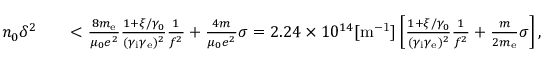
\begin{array} { r l r } { n _ { 0 } \delta ^ { 2 } } & { { } } & { < \frac { 8 m _ { \mathrm { e } } } { \mu _ { 0 } e ^ { 2 } } \frac { 1 + \xi / \gamma _ { 0 } } { ( \gamma _ { \mathrm { i } } \gamma _ { \mathrm { e } } ) ^ { 2 } } \frac { 1 } { f ^ { 2 } } + \frac { 4 m } { \mu _ { 0 } e ^ { 2 } } \sigma = 2 . 2 4 \times 1 0 ^ { 1 4 } \mathrm { [ m ^ { - 1 } ] } \left[ \frac { 1 + \xi / \gamma _ { 0 } } { ( \gamma _ { \mathrm { i } } \gamma _ { \mathrm { e } } ) ^ { 2 } } \frac { 1 } { f ^ { 2 } } + \frac { m } { 2 m _ { \mathrm { e } } } \sigma \right] , } \end{array}